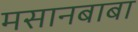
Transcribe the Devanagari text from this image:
मसानबाबा